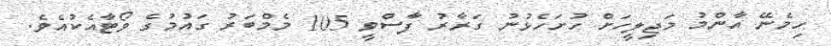
ހިމެނޭ އާންމު މަޖިލީހަށް ހުށަހެޅުނު ގަރާރު ފާސްވީ 105 މެމްބަރު ގައުމުގެ ވޯޓާއެކުއެވެ.